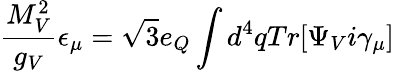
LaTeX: \frac{M_{V}^{2}}{g_{V}}\epsilon_{\mu}=\sqrt{3}e_{Q}\int d^{4}qTr[\Psi_{V}i\gamma_{\mu}]